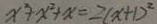
x ^ { 2 } + x ^ { 2 } + x = 2 ( x + 1 ) ^ { 2 }